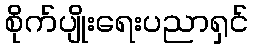
စိုက်ပျိုးရေးပညာရှင်